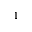
_ 1